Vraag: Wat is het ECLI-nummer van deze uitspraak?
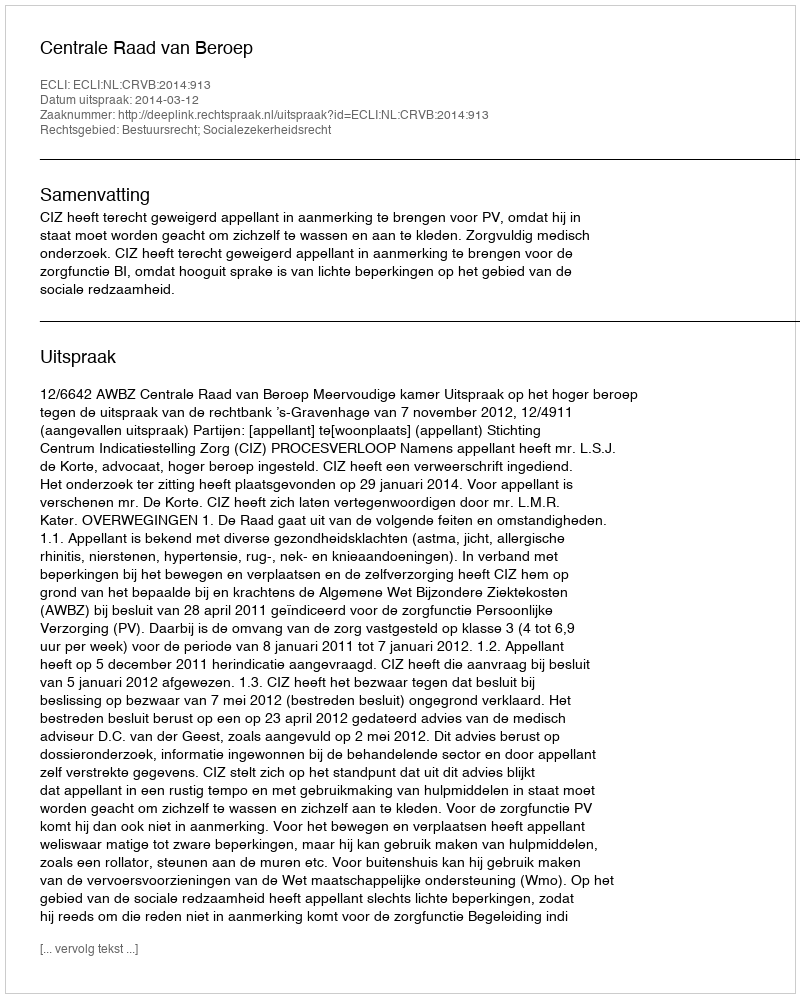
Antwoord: ECLI:NL:CRVB:2014:913